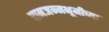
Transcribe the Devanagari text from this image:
रामजन्मभूमीच्या